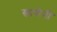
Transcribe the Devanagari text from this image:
खामेनी